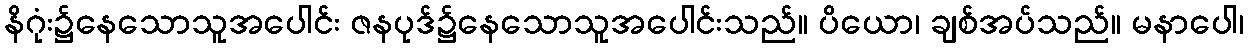
နိဂုံး၌နေသောသူအပေါင်း ဇနပုဒ်၌နေသောသူအပေါင်းသည်။ ပိယော၊ ချစ်အပ်သည်။ မနာပေါ၊